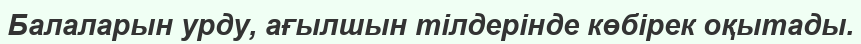
Балаларын урду, ағылшын тілдерінде көбірек оқытады.